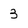
Character: 3